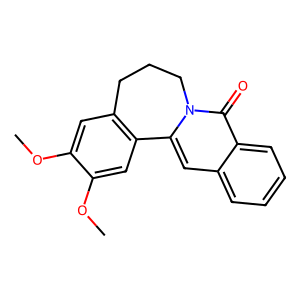
SMILES: COc1cc2c(cc1OC)-c1cc3ccccc3c(=O)n1CCC2
Inhibits HIV replication: No